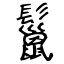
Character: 鬣